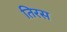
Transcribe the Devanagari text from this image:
तिरस